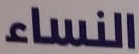
النساء